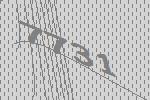
7731